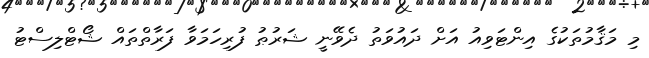
މި މަޤާމުތަކުގެ އިންޓަވިއު އަށް ދައުވަތު ދެވޭނީ ޝަރުޠު ފުރިހަމަވާ ފަރާތްތައް ޝޯޓްލިސްޓު